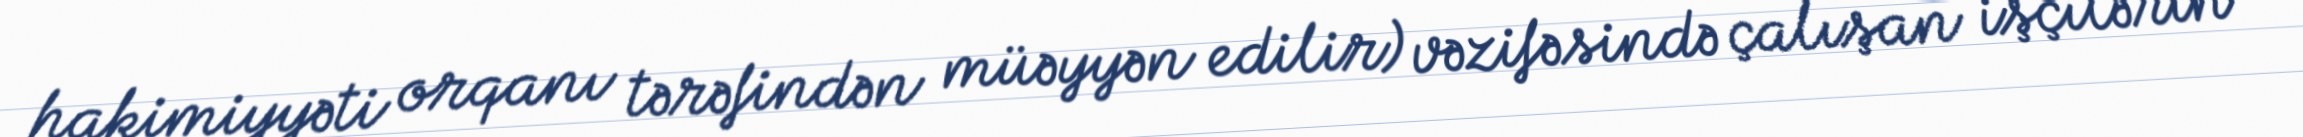
hakimiyyəti orqanı tərəfindən müəyyən edilir) vəzifəsində çalışan işçilərin